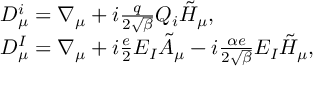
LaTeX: \begin{array} { l l } { { D _ { \mu } ^ { i } = \nabla _ { \mu } + i \frac { q } { 2 \sqrt { \beta } } Q _ { i } \tilde { H } _ { \mu } , } } \\ { { D _ { \mu } ^ { I } = \nabla _ { \mu } + i \frac { e } { 2 } E _ { I } \tilde { A } _ { \mu } - i \frac { \alpha e } { 2 \sqrt { \beta } } E _ { I } \tilde { H } _ { \mu } , } } \end{array}